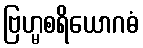
ဗြဟ္မစရိယောဂဓံ